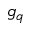
g _ { q }